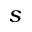
s